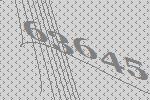
63645